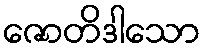
ဇောတိဒါသော